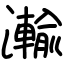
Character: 瀭